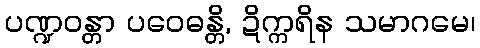
ပဏ္ဍဝန္တာ ပဝေဓန္တိ, ဍိက္ကရိန သမာဂမေ၊